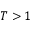
T > 1